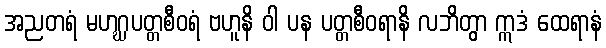
အညတရံ မဟဂ္ဃပတ္တစီဝရံ ဗဟူနိ ဝါ ပန ပတ္တစီဝရာနိ လဘိတွာ ဣဒံ ထေရာနံ